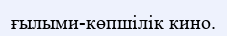
ғылыми-көпшілік кино.